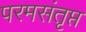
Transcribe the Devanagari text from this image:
परमसंतृप्त